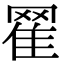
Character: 𦋜